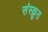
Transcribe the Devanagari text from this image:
संस्क्रुत